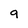
Character: 9